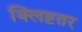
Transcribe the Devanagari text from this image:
क्लिष्टतर